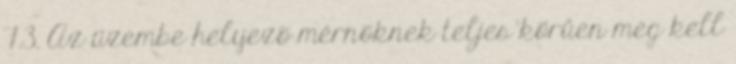
7.3. Az üzembe helyezõ mérnöknek teljes körûen meg kell